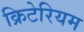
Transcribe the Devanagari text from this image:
क्रिटेरियम